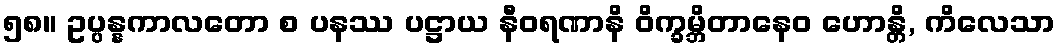
၅၈။ ဥပ္ပန္နကာလတော စ ပနဿ ပဋ္ဌာယ နီဝရဏာနိ ဝိက္ခမ္ဘိတာနေဝ ဟောန္တိ, ကိလေသာ